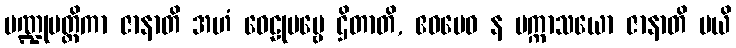
ပဏ္ဍုမတ္တိကာ ဇာနာတိ အဟံ ဝေဠုပဗ္ဗေ ဌိတာတိ, ဧဝမေဝ န ပက္ကာသယော ဇာနာတိ မယိ